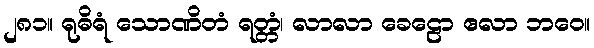
၂၈၁။ ရုဓိရံ သောဏိတံ ရတ္တံ၊ လာလာ ခေဠော ဧလာ ဘဝေ။